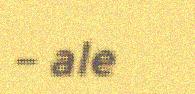
– ale